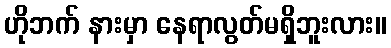
ဟိုဘက် နားမှာ နေရာလွတ်မရှိဘူးလား။